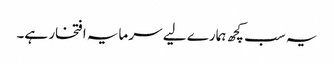
یہ سب کچھ ہمارے لیے سرمایہ افتخار ہے۔